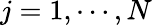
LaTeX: {j=1,\cdots,N}